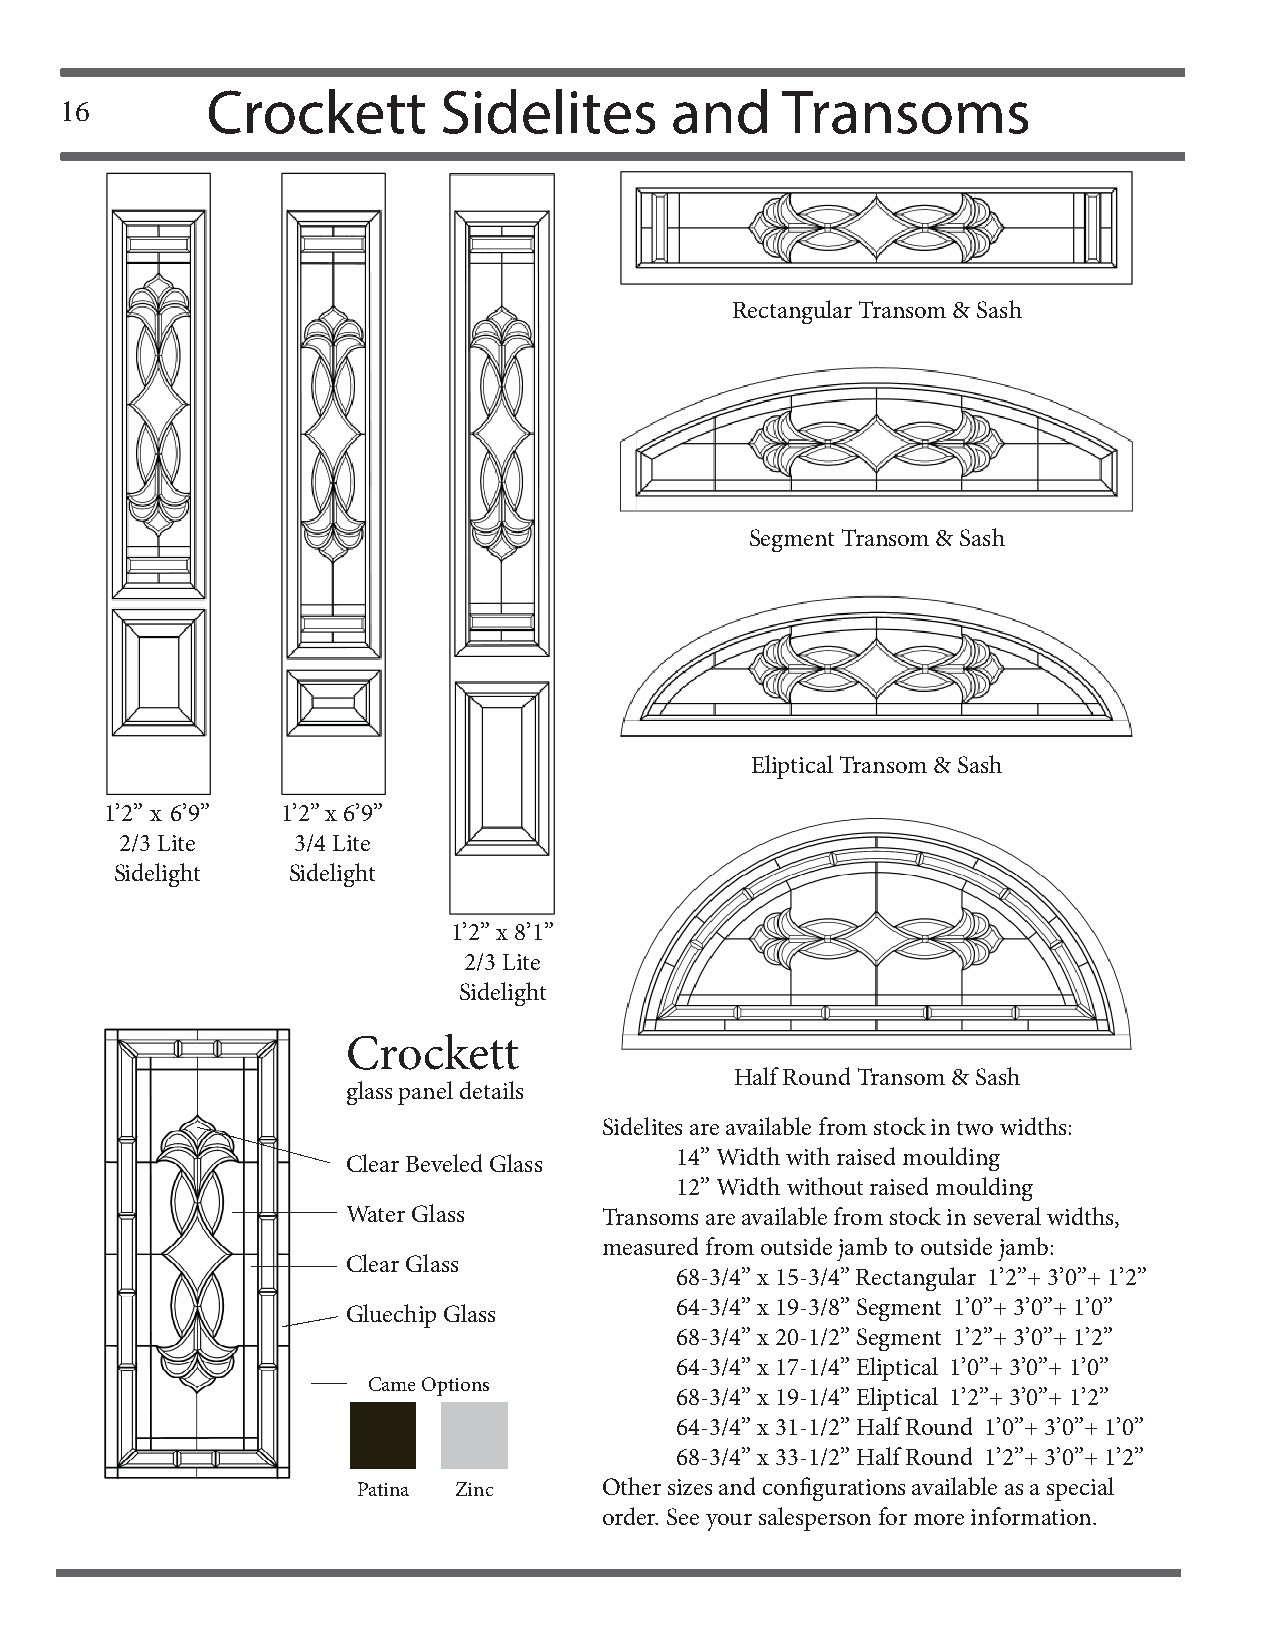
Crockett       Sidelites      and     Transoms
 16
 Rectangular Transom & Sash
 Segment Transom & Sash
 Eliptical Transom & Sash
 1’2” x 6’9” 1’2” x 6’9”
 2/3 Lite   3/4 Lite
 Sidelight  Sidelight
 1’2” x 8’1”
 2/3 Lite
 Sidelight
 Crockett
 Half Round Transom & Sash
 glass panel details
 Sidelites are available from stock in two widths:
 14” Width with raised moulding
 Clear Beveled Glass
 12” Width without raised moulding
 Water Glass      Transoms are available from stock in several widths,
 measured from outside jamb to outside jamb:
 Clear Glass
 68-3/4” x 15-3/4” Rectangular 1’2”+ 3’0”+ 1’2”
 64-3/4” x 19-3/8” Segment 1’0”+ 3’0”+ 1’0”
 Gluechip Glass
 68-3/4” x 20-1/2” Segment 1’2”+ 3’0”+ 1’2”
 64-3/4” x 17-1/4” Eliptical 1’0”+ 3’0”+ 1’0”
 Came Options
 68-3/4” x 19-1/4” Eliptical 1’2”+ 3’0”+ 1’2”
 64-3/4” x 31-1/2” Half Round 1’0”+ 3’0”+ 1’0”
 68-3/4” x 33-1/2” Half Round 1’2”+ 3’0”+ 1’2”
 Patina Zinc     Other sizes and confi gurations available as a special
 order. See your salesperson for more information.